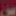
من